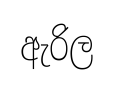
ඇරිල